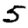
Digit: 5